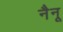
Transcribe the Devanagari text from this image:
नैनू